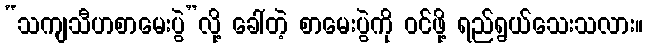
“သကျသီဟစာမေးပွဲ”လို့ ခေါ်တဲ့ စာမေးပွဲကို ဝင်ဖို့ ရည်ရွယ်သေးသလား။